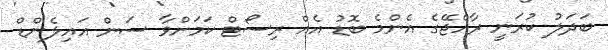
ބަދަލު ކުރަނީ ރާއްޖޭގެ އެންމެ ބޮޑު އެއް ރިސޯޓް ކަމަށްވާ ސަން އައިލެންޑް